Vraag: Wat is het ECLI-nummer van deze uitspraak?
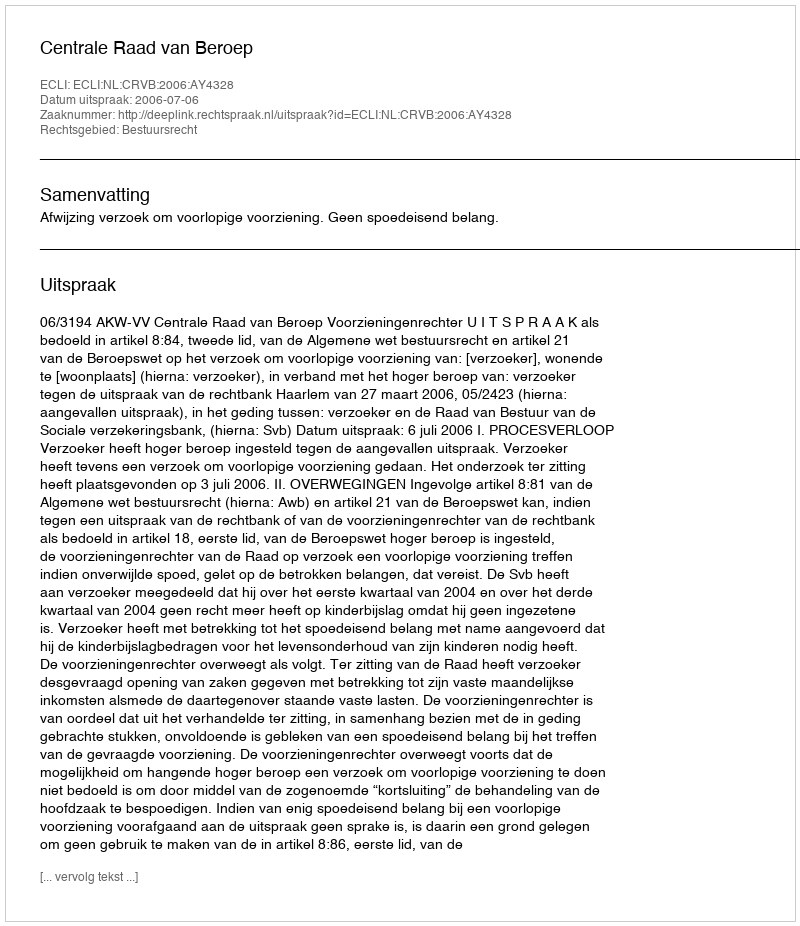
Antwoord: ECLI:NL:CRVB:2006:AY4328